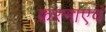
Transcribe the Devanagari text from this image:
करनाएवं